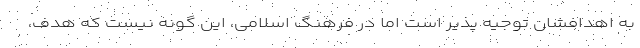
به اهدافشان توجیه پذیر است اما در فرهنگ اسلامی، این گونه نیست که هدف،